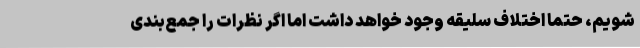
شویم، حتما اختلاف سلیقه وجود خواهد داشت اما اگر نظرات را جمع‌بندی